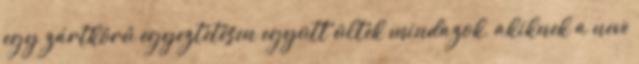
egy zártkörű egyeztetésen együtt ültek mindazok, akiknek a neve